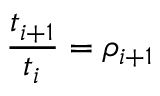
\frac { t _ { i + 1 } } { t _ { i } } = \rho _ { i + 1 }